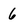
Character: 6